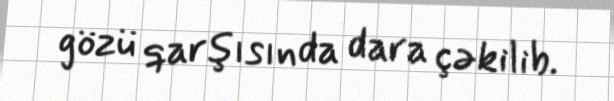
gözü qarşısında dara çəkilib.